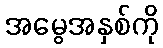
အမွေအနှစ်ကို